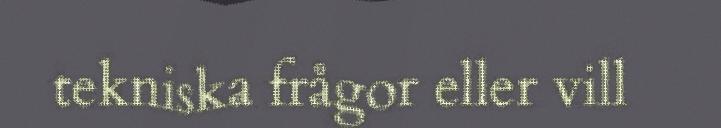
tekniska frågor eller vill